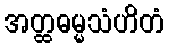
အတ္ထဓမ္မသံဟိတံ